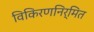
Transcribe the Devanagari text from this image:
विकिरणनिर्मित